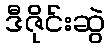
ဒီဇိုင်းဆွဲ